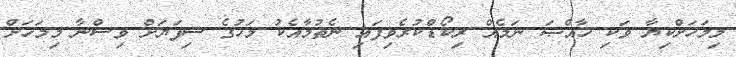
މިމަހަށްކިޔާ ވަކި ޚާއްޞަ ނަމެއް ރިކޯޑްކުރެވިފައި ނެތުމާއެކު މަހުގެ ސިފަޔަށް ވިސްނާ މިމަހަށް